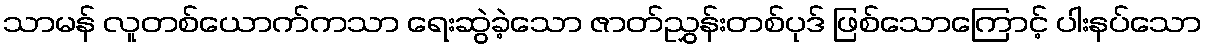
သာမန် လူတစ်ယောက်ကသာ ရေးဆွဲခဲ့သော ဇာတ်ညွှန်းတစ်ပုဒ် ဖြစ်သောကြောင့် ပါးနပ်သော